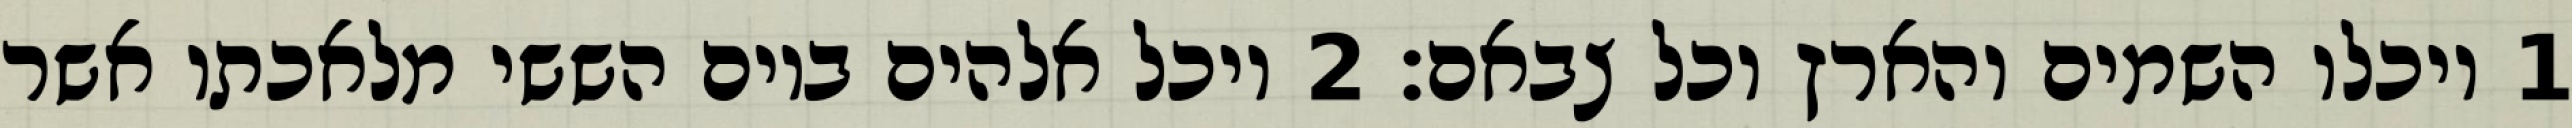
1 ויכלו השמים והארץ וכל צבאם׃ ‎2‏ ויכל אלהים ביום הששי מלאכתו אשר